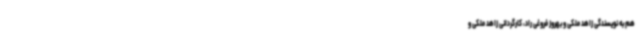
هم به نویسندگی زاهد ملکی و بهروز فروغی راد، کارگردانی زاهد ملکی و